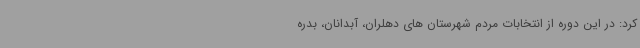
کرد: در این دوره از انتخابات مردم شهرستان های دهلران، آبدانان، بدره